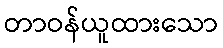
တာဝန်ယူထားသော